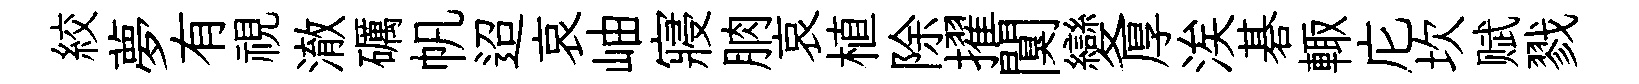
絞夢有視澈礪帆迢哀岫寢朒哀植除擢闃變厚涘碁輙庀坎赋戮